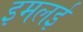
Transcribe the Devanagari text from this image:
इमलई